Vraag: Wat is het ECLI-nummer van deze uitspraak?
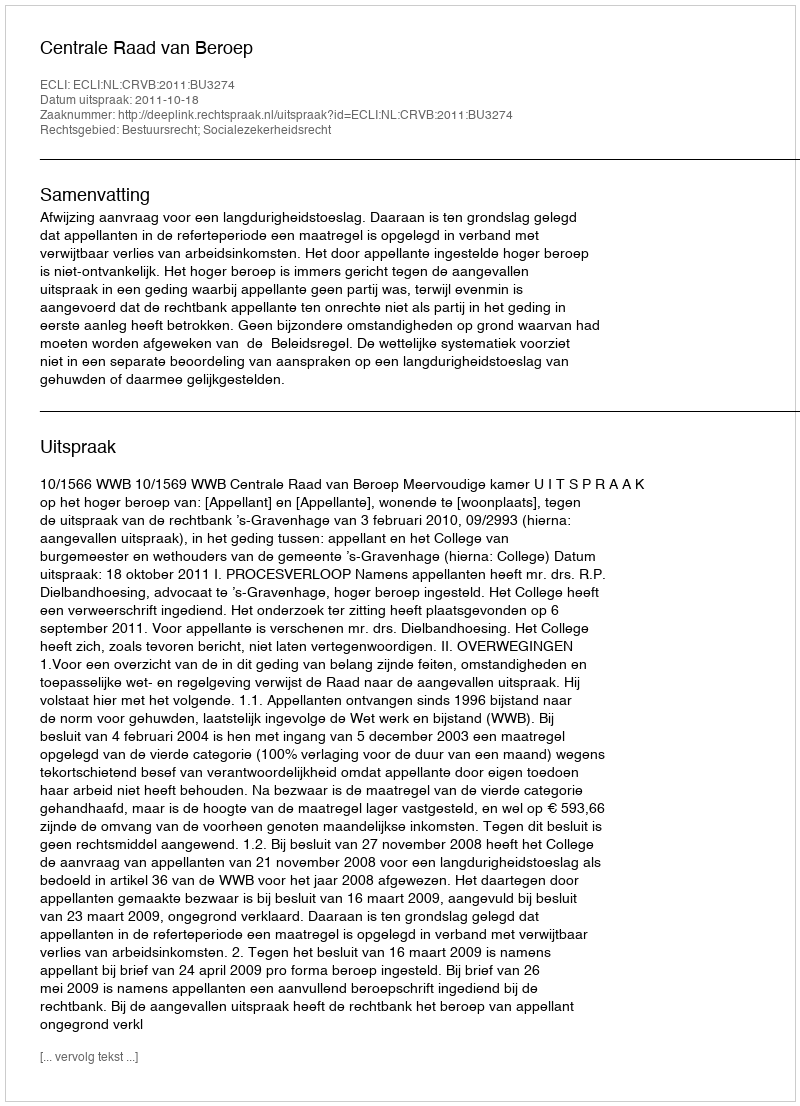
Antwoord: ECLI:NL:CRVB:2011:BU3274